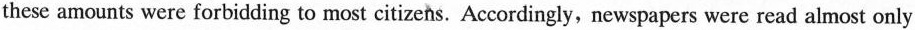
these amounts were forbidding to most citizens. Accordingly,newspapers were read almost only